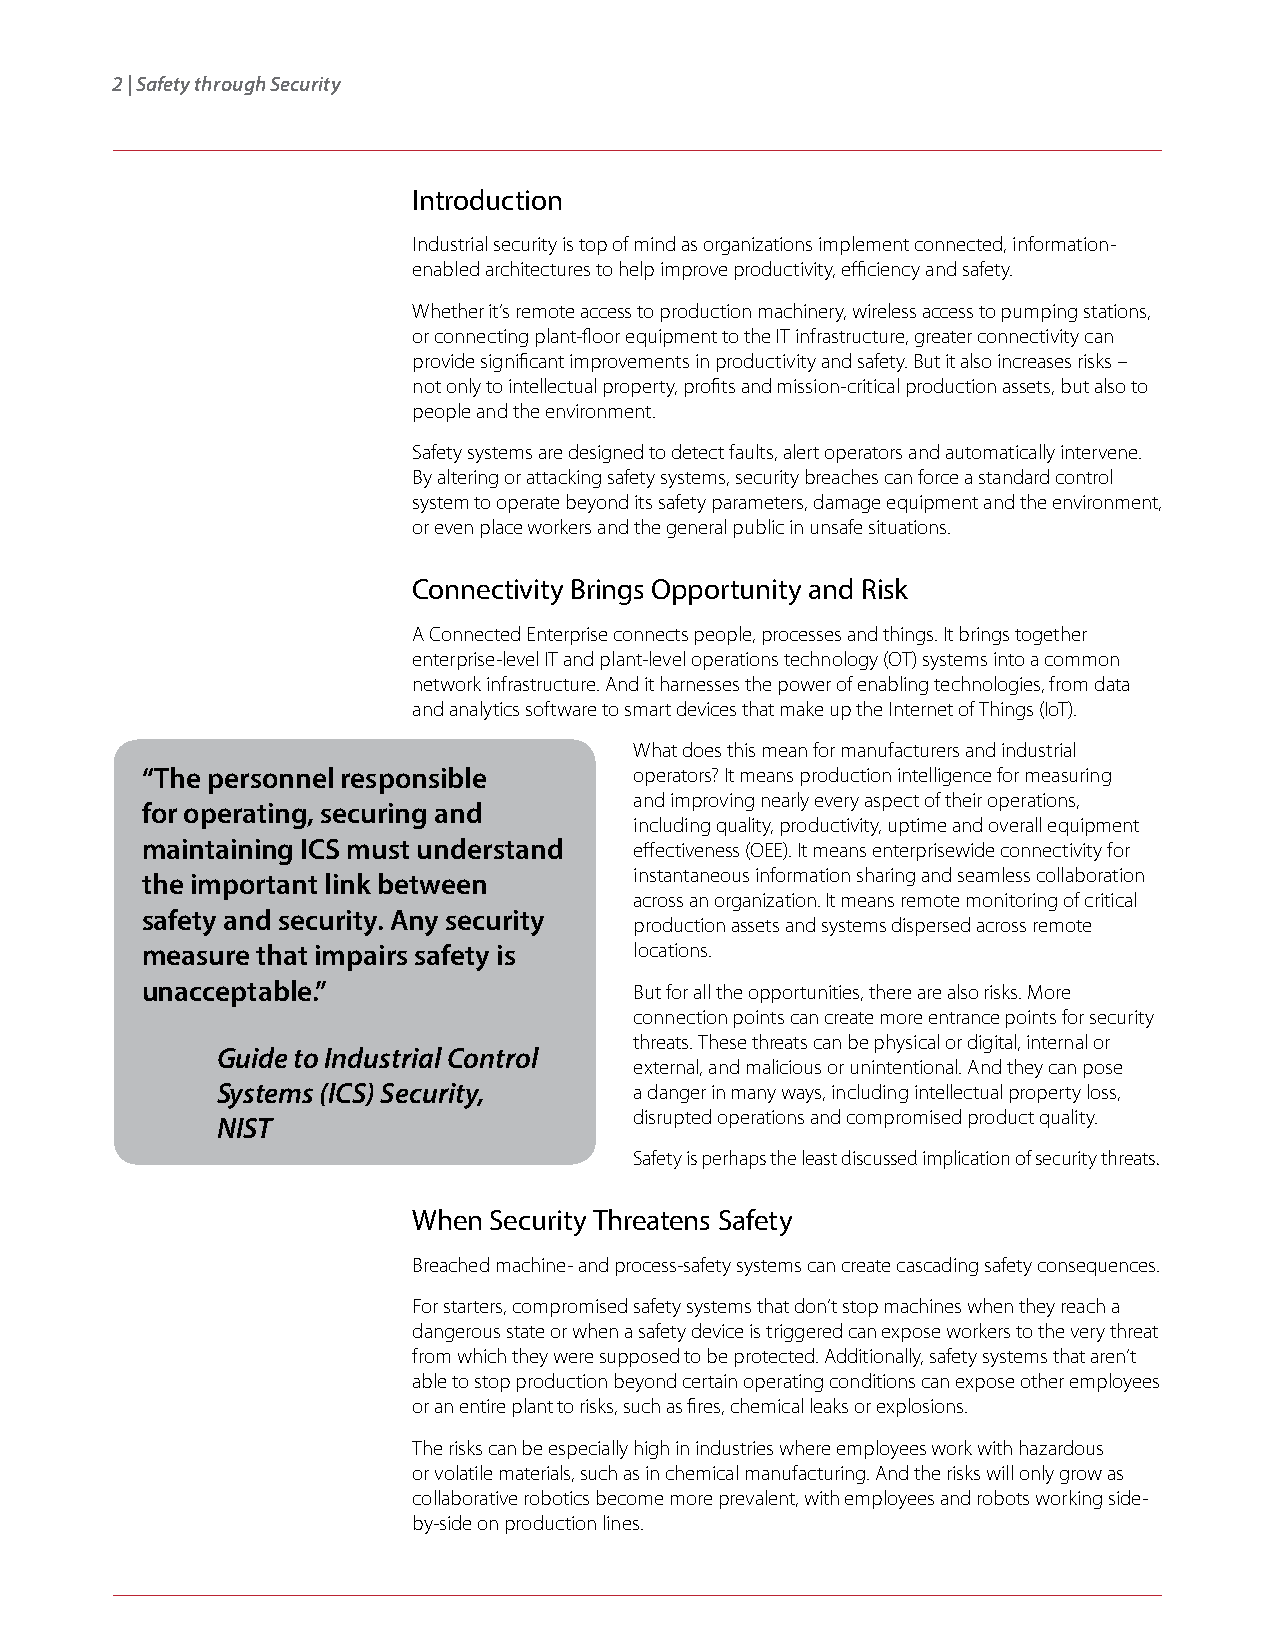
2 | Safety through Security
 Introduction
 Industrial security is top of mind as organizations implement connected, information-
 enabled architectures to help improve productivity, efficiency and safety.
 Whether it’s remote access to production machinery, wireless access to pumping stations,
 or connecting plant-floor equipment to the IT infrastructure, greater connectivity can
 provide significant improvements in productivity and safety. But it also increases risks –
 not only to intellectual property, profits and mission-critical production assets, but also to
 people and the environment.
 Safety systems are designed to detect faults, alert operators and automatically intervene.
 By altering or attacking safety systems, security breaches can force a standard control
 system to operate beyond its safety parameters, damage equipment and the environment,
 or even place workers and the general public in unsafe situations.
 Connectivity Brings Opportunity and Risk
 A Connected Enterprise connects people, processes and things. It brings together
 enterprise-level IT and plant-level operations technology (OT) systems into a common
 network infrastructure. And it harnesses the power of enabling technologies, from data
 and analytics software to smart devices that make up the Internet of Things (IoT).
 What does this mean for manufacturers and industrial
 “The personnel responsible       operators? It means production intelligence for measuring
 and improving nearly every aspect of their operations,
 for operating, securing and
 including quality, productivity, uptime and overall equipment
 maintaining ICS must understand  effectiveness (OEE). It means enterprisewide connectivity for
 the important link between       instantaneous information sharing and seamless collaboration
 across an organization. It means remote monitoring of critical
 safety and security. Any security
 production assets and systems dispersed across remote
 measure that impairs safety is   locations.
 unacceptable.”                   But for all the opportunities, there are also risks. More
 connection points can create more entrance points for security
 threats. These threats can be physical or digital, internal or
 Guide to Industrial Control
 external, and malicious or unintentional. And they can pose
 Systems (ICS) Security,     a danger in many ways, including intellectual property loss,
 disrupted operations and compromised product quality.
 NIST
 Safety is perhaps the least discussed implication of security threats.
 When Security Threatens Safety
 Breached machine- and process-safety systems can create cascading safety consequences.
 For starters, compromised safety systems that don’t stop machines when they reach a
 dangerous state or when a safety device is triggered can expose workers to the very threat
 from which they were supposed to be protected. Additionally, safety systems that aren’t
 able to stop production beyond certain operating conditions can expose other employees
 or an entire plant to risks, such as fires, chemical leaks or explosions.
 The risks can be especially high in industries where employees work with hazardous
 or volatile materials, such as in chemical manufacturing. And the risks will only grow as
 collaborative robotics become more prevalent, with employees and robots working side-
 by-side on production lines.